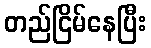
တည်ငြိမ်နေပြီး